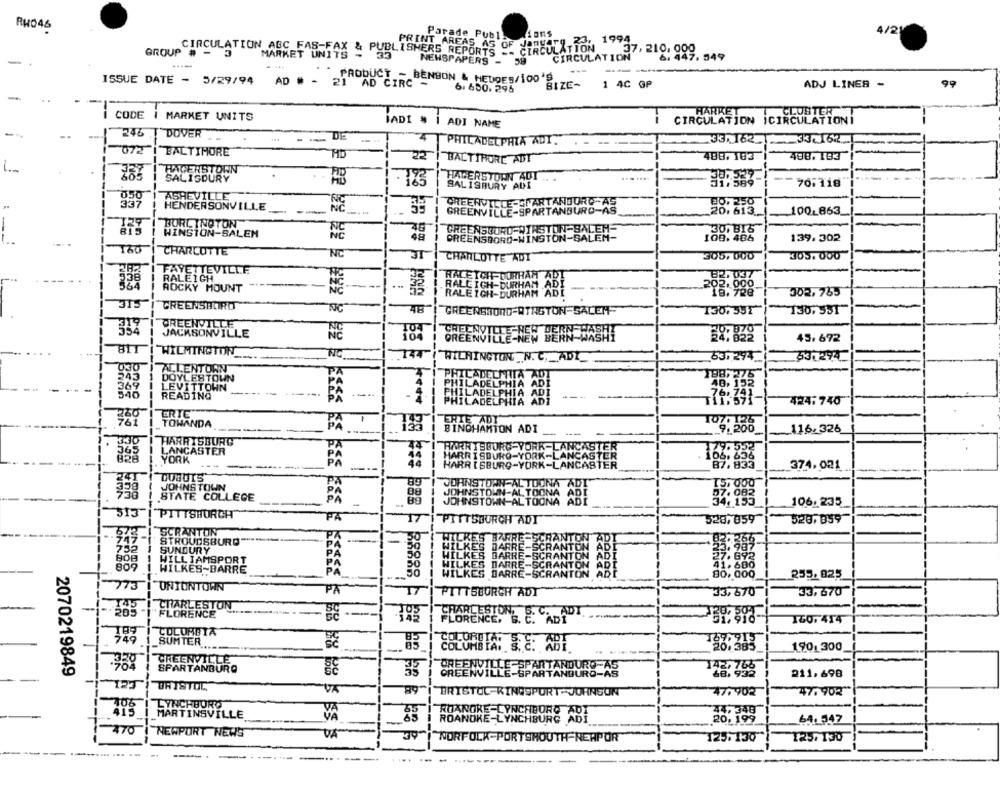
RHO46
Lions
4/2
Parade Publ ..
January 23: 1994
PRINT AREAS AS OF CIRCULATION
37, 210. 000
GROUP # -
CIRCULATION ABC FAS-FA
CIRCULATION
6. 447. 549
NEWSPAPERS -
59
PRODUCT - BENSON & HEDOES/100'S
ISSUE DATE - 5/29/94 AD # - 21 AD CIRC -
BIZE-
1 4C GP
ADJ LINES -
99
6. 650. 296
CODE
CODE | MARKET UNITS
IADI #
CIRCULATION ICIRCULAT
HARKET
ADI NAME
-
246 [ DOVER
246
DE
PHILADELPHIA ADI.
--
072
BALTIMORE
HD
22
BALTIMORE ADT
488,183
488. 183
HAGERSTOWN
SALISBURY
HADERSTORN ADT
SALISBURY ADI
70FT18
050
ASHEVILLE
337
HENDERSONVILLE
GREENVILLE-SPARTANBURG-AS
100-863
BURLINGTON
CREENSOURD WINSTON-SALEM-
WINSTON-SALEM
GREENSBORO-WINSTON-SALEM-
139.302
CHARLOTTE
NC
CHARLOTTE ADT
305, 000
305. 000
FAYETTEVILLE
338
RALEIGH
RALEIGH DURHAM ADI
RALEIGH DURHAM ADI
AB
ROCKY MOUNT
RALEIGH-DURHAM ADI
302. 753
315
CREENSALIRD
NIC
48
GREENSWOND-RINGTON-SALEM-
130,35T
130,351
GREENVILLE
GREENVILLE NEW DERN WASHT
JERN
JACKSONVILLE
NC
GREEN
GREENVILLE-NEW BERN-WASHI
BERN-WASAY
45,672
WILMINGTON
NIC
144
WILMINGTON N. C ._ ADL
63,294
531294
030
ALLENTOWN
243
DOYLESTOWN
PHILADELMITA ADT
369
LEVITTOWN
PHILADELPHIA ADI
540
READING
PHILADELPHIA ADI
PHILADELPHIA ADI
424;740
260
ERTE
TOWANDA
BINGHAMTON ADI
116.326
HARRISBURG
365
LANCASTER
FARRISBORG-YORK-LANCASTER
B28
YORK
HARRISBURG-YORK-LANCASTER
HARRISBURG-YORK-LANCASTER
JEASTER
374,021
241
BCE
DOBUIS
JUANSTOWN-ALTOONA ADI
JOHNSTOWN
08
STATE COLLEGE
89
JOHNSTOWN-ALTOONA ADI
PA
JOHNSTOWN-ALTOONA ADI
106. 235
513
PITTSBURGH
PÅ
PITTSDURCH ADT
528,859
520,059
SCRANTON
STROUDSBURG
32
SUNDURY
WILLIAMSPORT
809
WILKES-BARRE
255. 025
UNIONTOWN
173
PA
PITTSBURGH ADY
33,670
33,670
CHARLESTON
"FLORENCE
CHARLESTON,S. C. ADT.
FLORENCE,
160. 414
COLOMBIA
SUMTER
29
OLUMB FA:
190, 300
GREENVILLE
2070219849
SPARTANBURG
GREENVILLE-SPARTANDURO-AS
SPARTANDURO AS
211,698
123
BRISTOL
BRISTOL-KINGSPORT-JORNSUN
47.902
47. 902
415
SYNCHBORO
65
ROANOKE-LYNCHBURG ADI
MARTINSVILLE
VA
ROANOKE-LYNCHBURG ADI
20,199
470
NEWPORT NEWS
NORFOLK-PORTSMOUTH NEAPOR
125. 130
125.130
--
.... .
-------